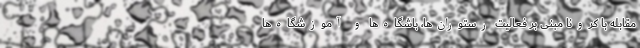
مقابله با کرونا مبنی بر فعالیت رستوران‌ها، باشگاه‌ها و آموزشگاه‌ها